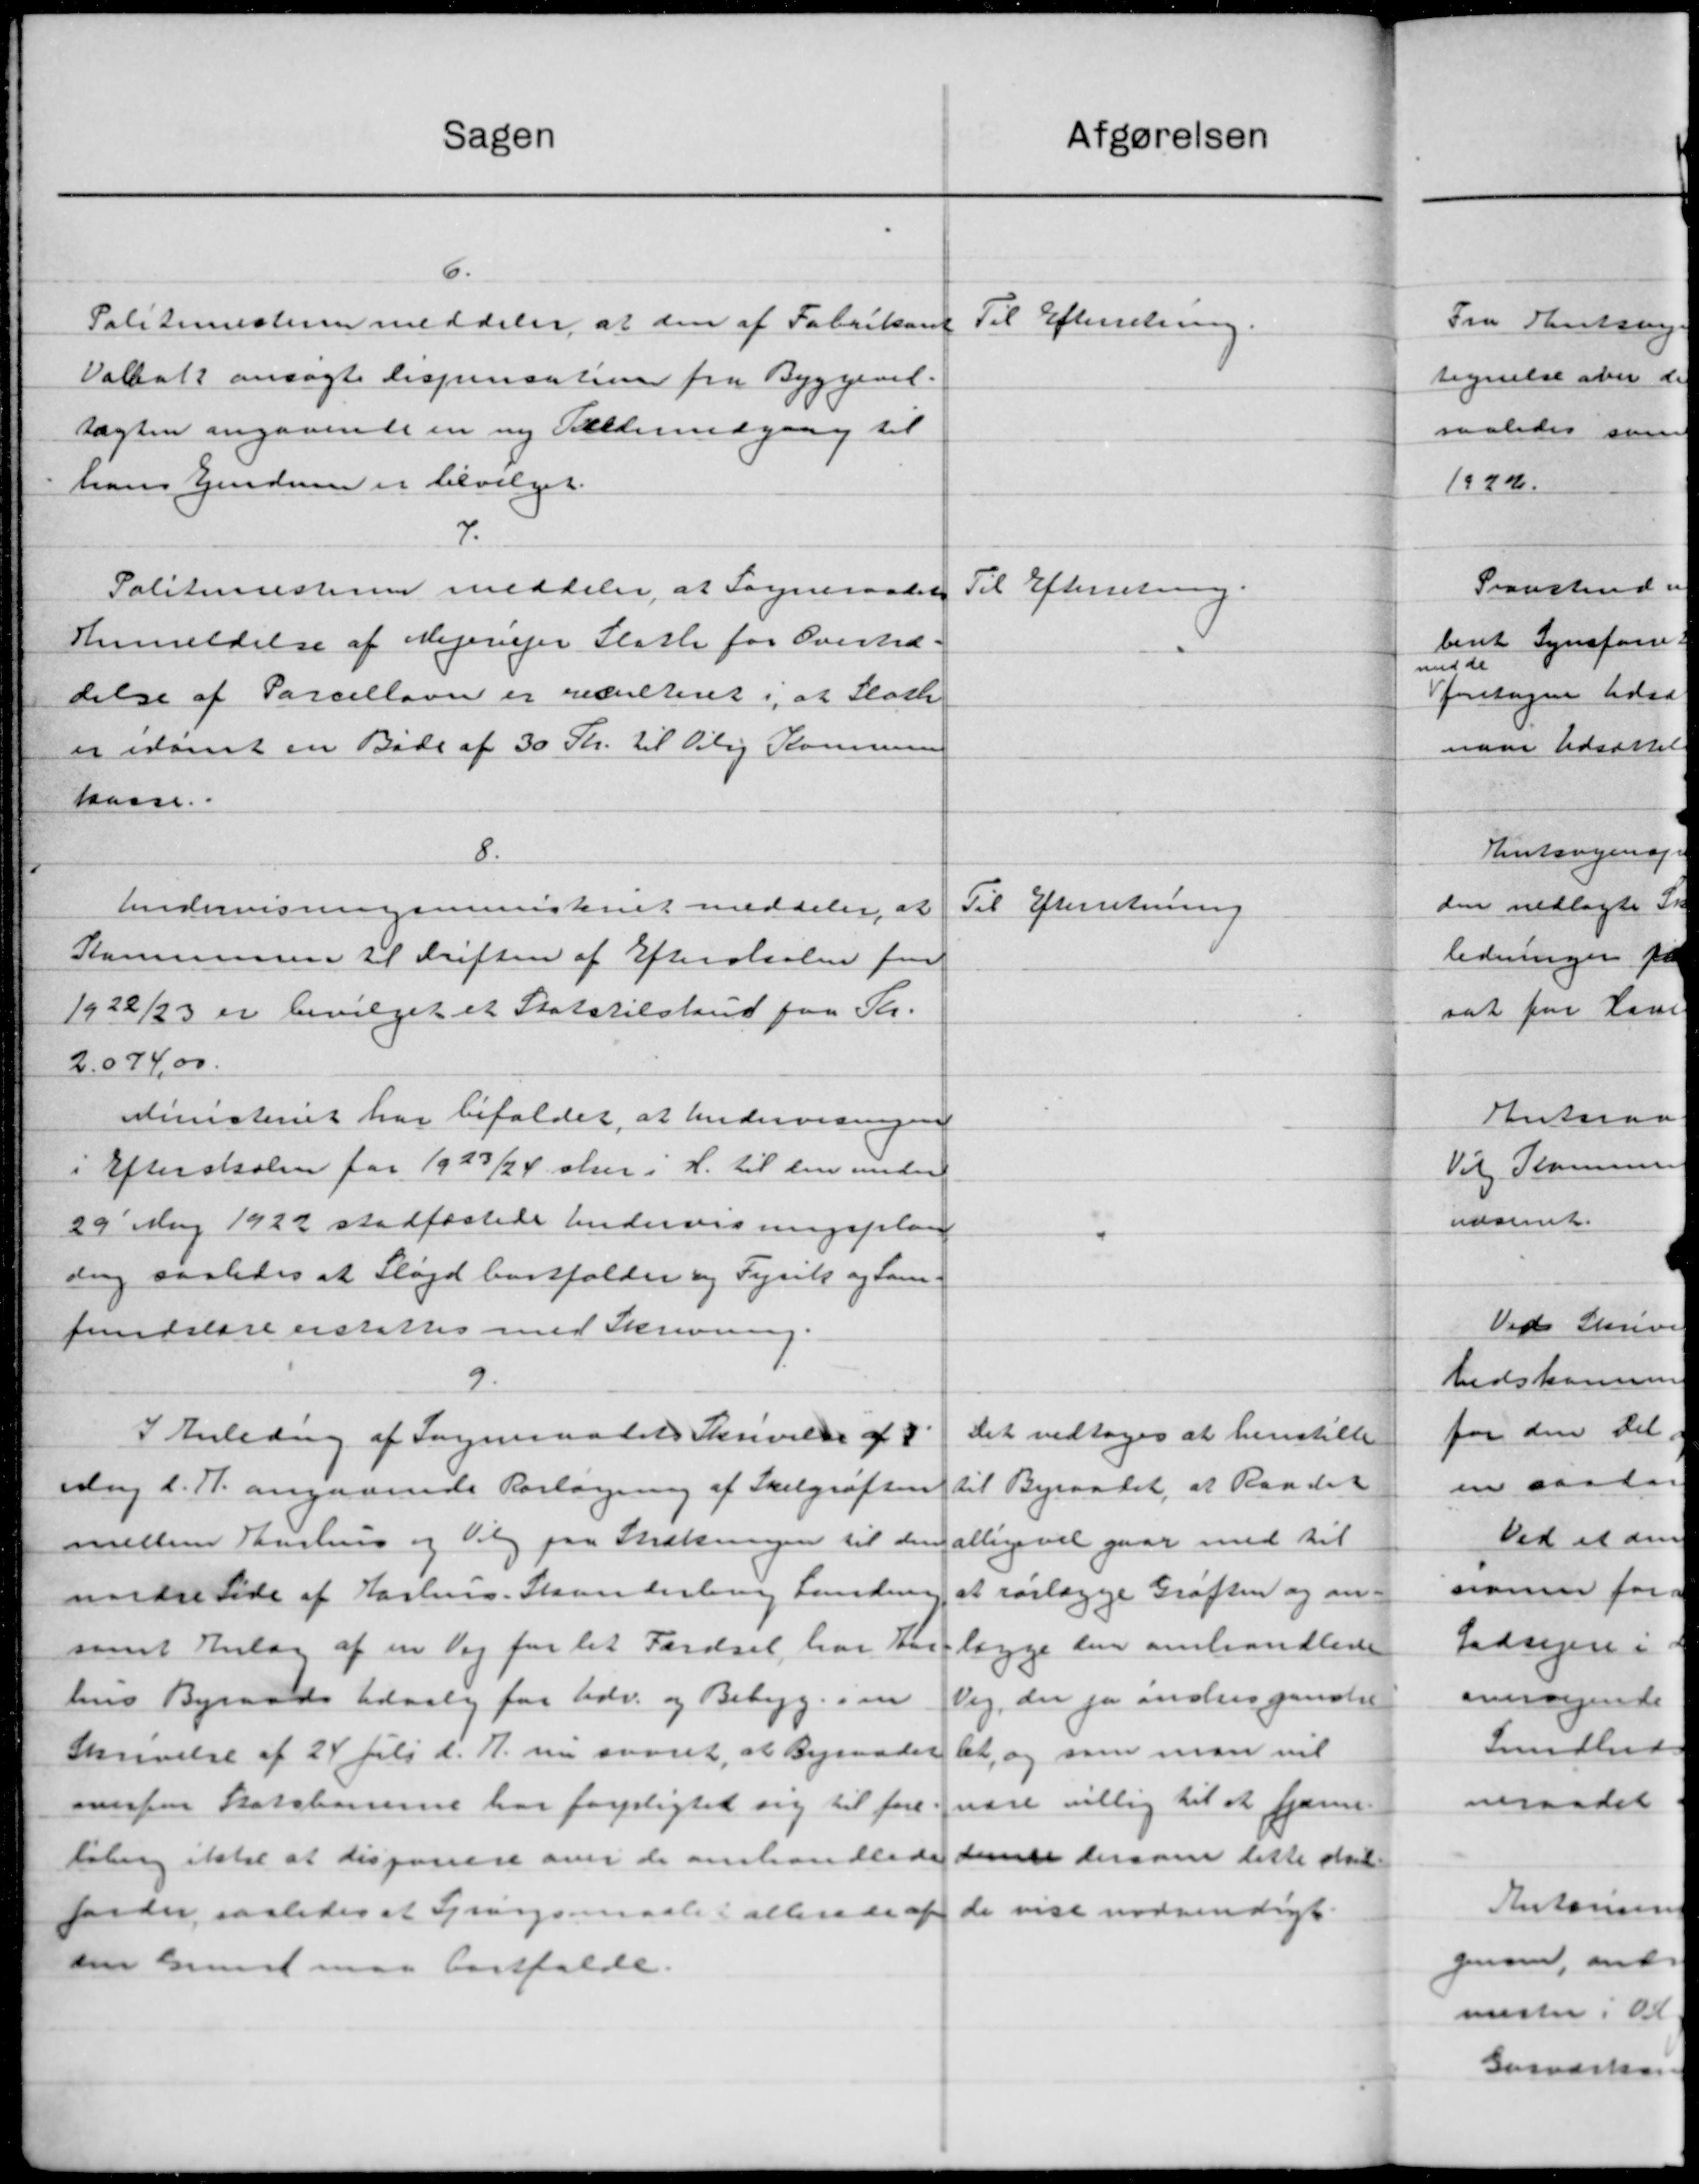
Transskription:
Sagen
Afgørelsen
6.
Politimesteren meddeler, at den af Fabrikant Til Efterretning
Valbat ansøgte Dispensation fra Byggeved.
tægten angaaende en ny Tælleundgaag til
hans Ejendom er bevilget.
7.
Politimesteren meddeler, at Sogneraadet
Til Efterretning.
Anmeldelse af Mejeriejer Slotte for Oversid-
delse af Parcellaan er resulteret i, at Slotte
er idømt en Bøde af 30 Kr. til Bolig Kommunen
kasse
8.
Til Efterretning
Undervisningsministeriet meddeler, at
Kommunen til Driften af Efterskolen fra
1922/23 er bevilget et Statstilskud paa Kr.
2.074,00.
Ministeriet har bifaldet, at Undervisningen
i Efterskolen for 1923/24 sur i H. til den under
29' Maj 1922 stadfæstede Undervisningsplan
ding saaledes at Sløjd bortfalder og Fyrik og Sam-
fundslare erskattes med Skrivning.
9.
Det vedtoges at henstille
I Anledning af Sogneraadets Skrivelse af 3
til Byraadet, at Raadet
sdag d. A. angaaende Forlægning af Skelgrøften
allige vil gaar med til
mellem Aarhus og Valg paa Strækningen til den
at rørlægge Grøften og an-
nordre Side af Aarhus. Skanderbrug Landen
lægge den omhandledes
samt Anlæg af en Vej for let Færdsel, har ti
hus Byraads Udvalg for Udv. og Bebygg. som Vej, der jo inden ganske
Skrivelse af 24 Juli d. A. nu svaret, at Begraadet at, og som man vil
overfor Statsbanerne har forpligtet sig til for nære villig til at fjærne-
tøbing ikke at disponere over de omhandledes dere dersom lette det
folder saaledes at Spørgsmaale i allerede af de vise nødvendigt.
sen Grund maa bortfalde.